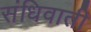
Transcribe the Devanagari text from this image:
संधिवाती